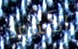
الأسود